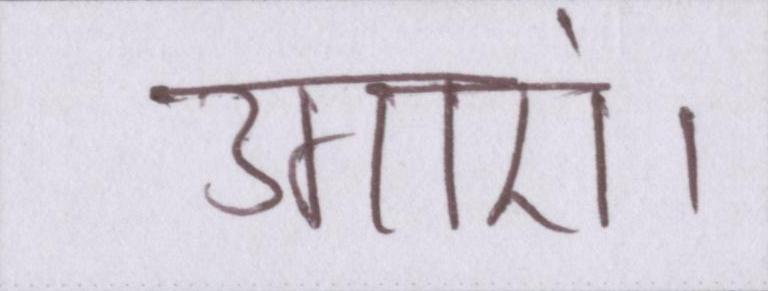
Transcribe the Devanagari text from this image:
उगाएं।